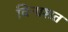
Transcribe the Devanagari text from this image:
विनाशत